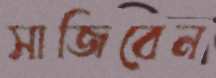
সাজিবেন